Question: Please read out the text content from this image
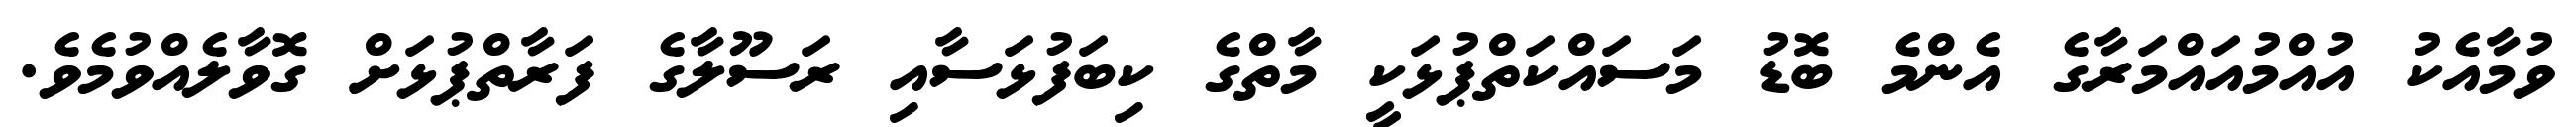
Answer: ވުމާއެކު އުއްމުއައްމަރާގެ އެންމެ ބޮޑު މަސައްކަތްޕުޅަކީ މާތްގެ ކިބަފުޅަސާއި ރަސޫލާގެ ފަރާތްޕުޅަށް ގޮވާލެއްވުމެވެ.